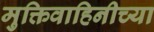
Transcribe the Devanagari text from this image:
मुक्तिवाहिनीच्या